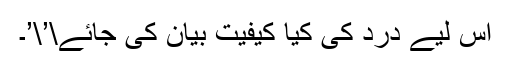
اِس لیے درد کی کیا کیفیت بیان کی جائے\’\’۔